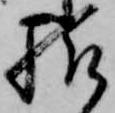
様